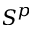
S ^ { p }